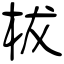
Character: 柭